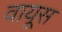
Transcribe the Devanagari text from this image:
वायूस